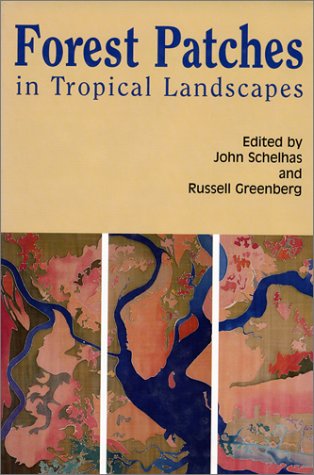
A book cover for Forest Patches in Tropical Landscapes; Science & Math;